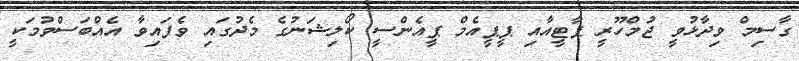
ގާސިމް ވިދާޅުވީ ޖުމްހޫރީ ޕާޓީއާއި ޕީޕީއެމް ޕީއެންސީ ކޯލިޝަނުގެ މެދުގައި ވެފައިވާ އެއްބަސްވުމަކީ